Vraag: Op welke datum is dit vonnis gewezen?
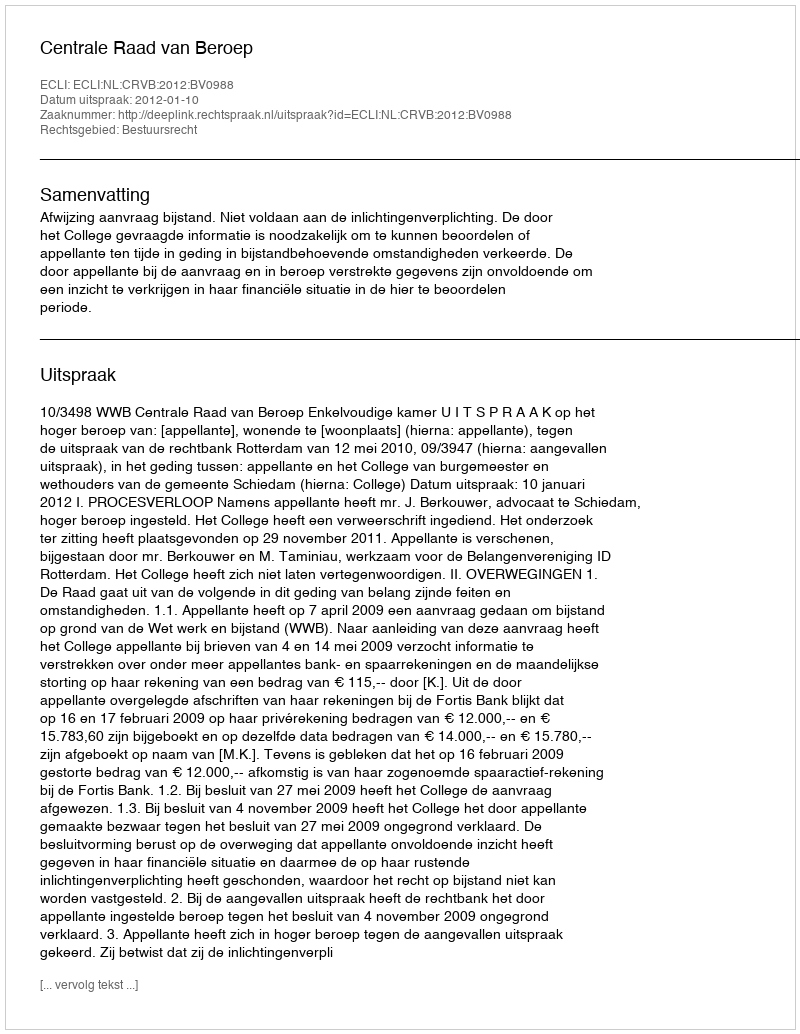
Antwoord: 2012-01-10